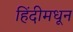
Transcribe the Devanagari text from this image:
हिंदीमधून